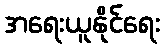
အရေးယူနိုင်ရေး